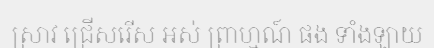
ស្រាវ ជ្រើសរើស អស់ ព្រាហ្មណ៍ ផង ទាំងឡាយ